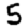
Digit: 5